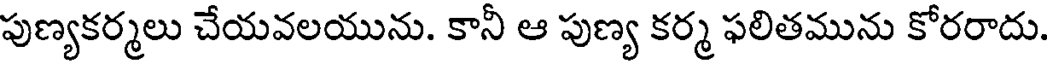
పుణ్యకర్మలు చేయవలయును. కానీ ఆ పుణ్య కర్మ ఫలితమును కోరరాదు.